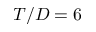
T / D = 6